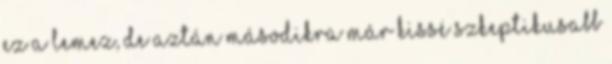
ez a lemez, de aztán másodikra már kissé szkeptikusabb